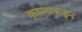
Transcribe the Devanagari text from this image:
कृष्णाकडून